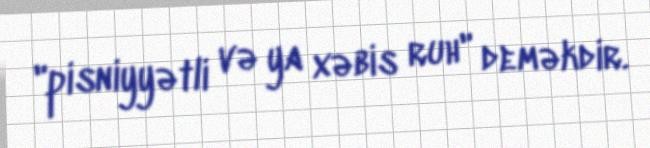
"pisniyyətli və ya xəbis ruh" deməkdir.